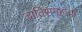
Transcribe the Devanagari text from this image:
जातिसमूहांचा